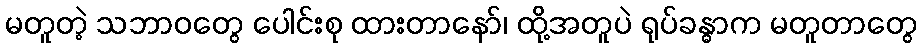
မတူတဲ့ သဘာဝတွေ ပေါင်းစု ထားတာနော်၊ ထို့အတူပဲ ရုပ်ခန္ဓာက မတူတာတွေ